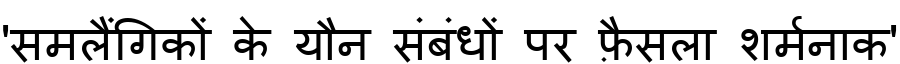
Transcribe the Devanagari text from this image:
'समलैंगिकों के यौन संबंधों पर फ़ैसला शर्मनाक'